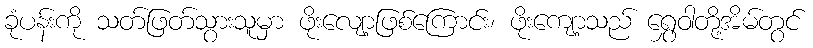
ခုံပန်းကို သတ်ဖြတ်သွားသူမှာ ဖိုးလျော့ဖြစ်ကြောင်း၊ ဖိုးကျော့သည် ရွှေဝါတို့အိမ်တွင်